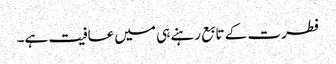
فطرت کے تابع رہنے ہی میں عافیت ہے۔